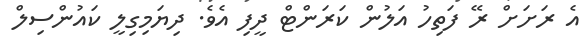
އެ ރަށަށް ރޭ ފަތިހު އަލުން ކަރަންޓް ދީފި އެވެ. ދިޔަމިގިލީ ކައުންސިލް